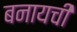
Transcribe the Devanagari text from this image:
बनायची